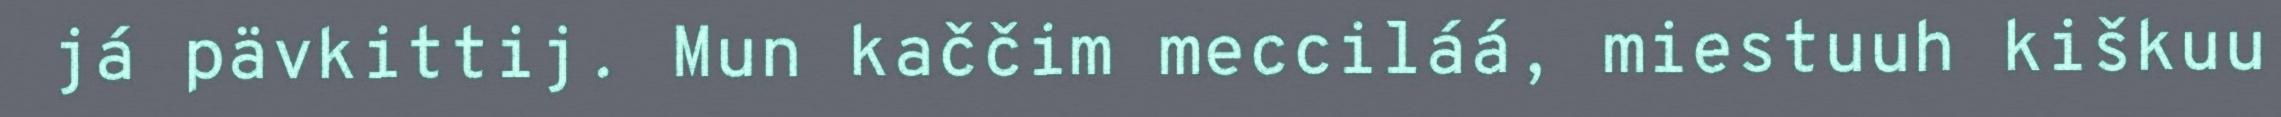
já pävkittij. Mun kaččim mecciláá, miestuuh kiškuu